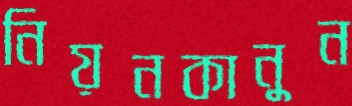
নিয়নকানুন